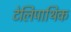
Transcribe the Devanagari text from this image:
टेलिपाथिक